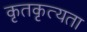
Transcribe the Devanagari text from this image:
कृतकृत्यता